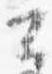
公